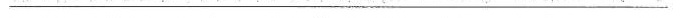
___